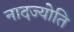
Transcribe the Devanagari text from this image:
नादज्योति